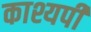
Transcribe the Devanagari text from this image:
काश्यपी